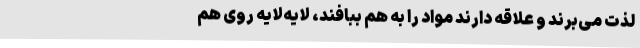
لذت می‌برند و علاقه دارند مواد را به هم ببافند، لایه‌لایه روی هم